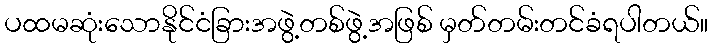
ပထမဆုံးသောနိုင်ငံခြားအဖွဲ့တစ်ဖွဲ့အဖြစ် မှတ်တမ်းတင်ခံရပါတယ်။